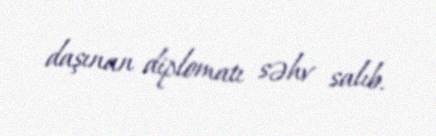
daşınan diplomatı səhv salıb.